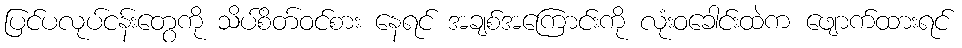
ပြင်ပလုပ်ငန်းတွေကို သိပ်စိတ်ဝင်စား နေရင် အချစ်အကြောင်းကို လုံးဝခေါင်းထဲက ဖျောက်ထားရင်